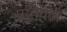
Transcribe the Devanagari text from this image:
प्रतिवेढा